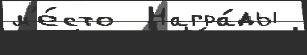
м'е́сто  Награ́ды